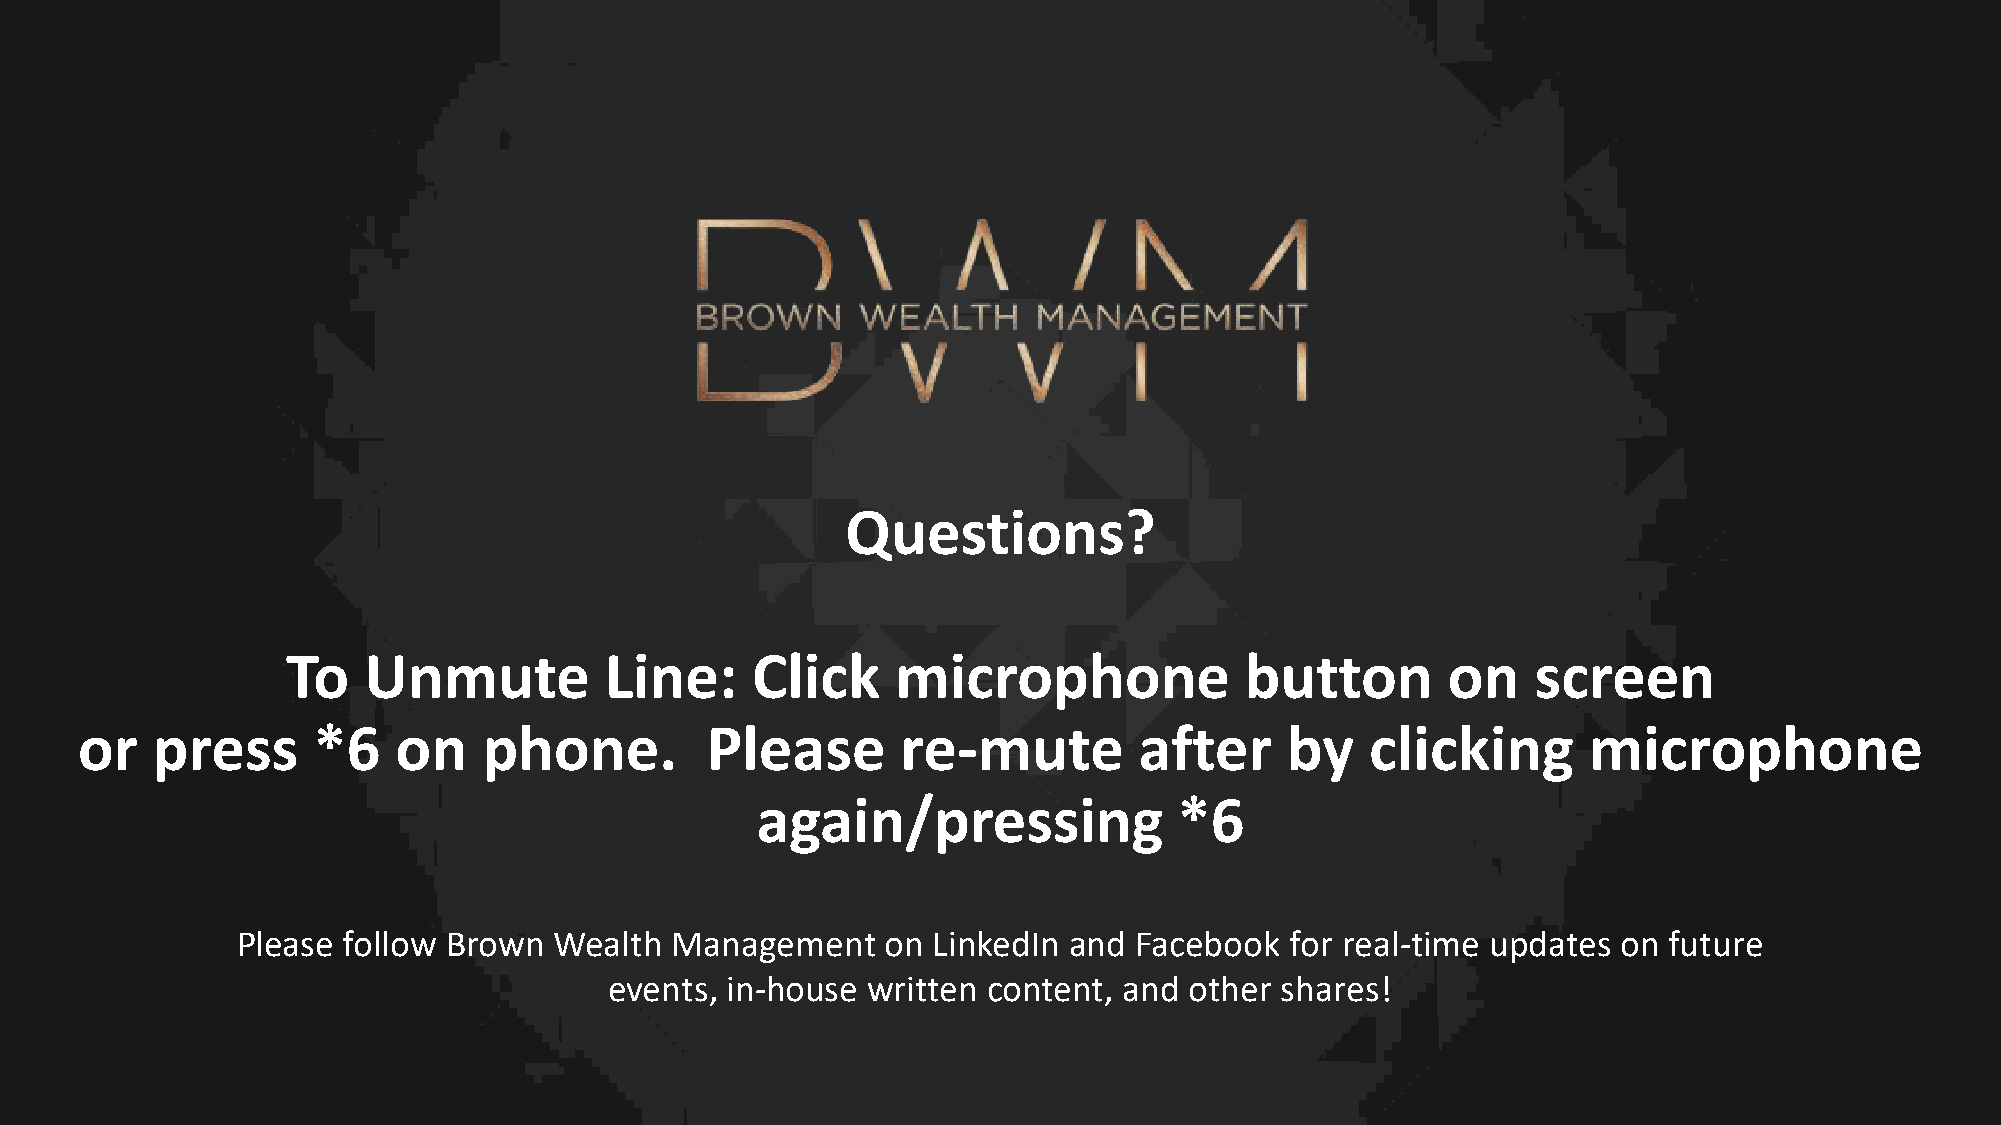
Questions?
 To   Unmute          Line:     Click    microphone             button        on    screen
 or   press      *6   on    phone.         Please       re-mute        after     by    clicking      microphone
 again/pressing              *6
 Please follow Brown  Wealth Management     on LinkedIn and Facebook  for real-time updates on future
 events, in-house written content, and  other shares!